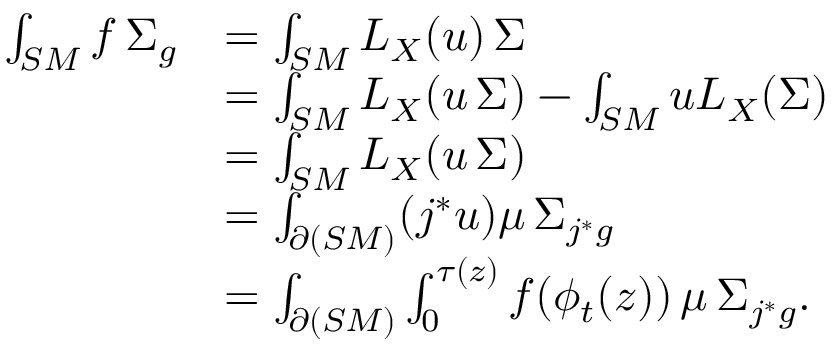
\begin{array} { r l } { \int _ { S M } f \, \d \Sigma _ { g } } & { = \int _ { S M } L _ { X } ( u ) \, \d \Sigma } \\ & { = \int _ { S M } L _ { X } ( u \, \d \Sigma ) - \int _ { S M } u L _ { X } ( \d \Sigma ) } \\ & { = \int _ { S M } L _ { X } ( u \, \d \Sigma ) } \\ & { = \int _ { \partial ( S M ) } ( j ^ { \ast } u ) \mu \, \d \Sigma _ { j ^ { \ast } g } } \\ & { = \int _ { \partial ( S M ) } \int _ { 0 } ^ { \tau ( z ) } f ( \phi _ { t } ( z ) ) \, \d t \mu \, \d \Sigma _ { j ^ { \ast } g } . } \end{array}